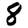
Digit: 8